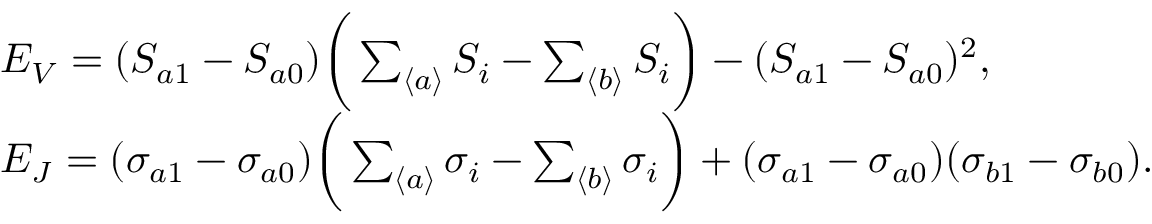
\begin{array} { r l } & { E _ { V } = ( S _ { a 1 } - S _ { a 0 } ) \bigg ( \sum _ { \langle a \rangle } S _ { i } - \sum _ { \langle b \rangle } S _ { i } \bigg ) - ( S _ { a 1 } - S _ { a 0 } ) ^ { 2 } , } \\ & { E _ { J } = ( \sigma _ { a 1 } - \sigma _ { a 0 } ) \bigg ( \sum _ { \langle a \rangle } \sigma _ { i } - \sum _ { \langle b \rangle } \sigma _ { i } \bigg ) + ( \sigma _ { a 1 } - \sigma _ { a 0 } ) ( \sigma _ { b 1 } - \sigma _ { b 0 } ) . } \end{array}